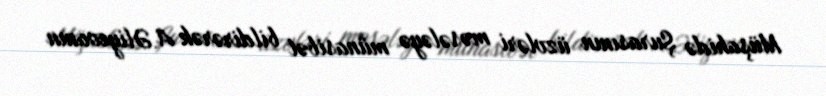
Müşahidə Şurasının üzvləri məsələyə münasibət bildirərək A.Əliyevanın